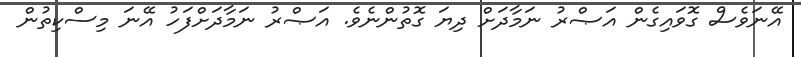
އޭނަވެސް ގޮވައިގެން އަޞްރު ނަމާދަށް ދިޔަ ގޮތުންނެވެ. އަޞްރު ނަމާދަށްފަހު އޭނަ މިސްކިތުން